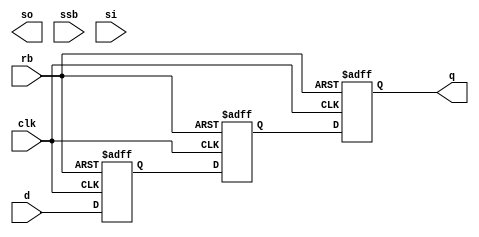
// This program was cloned from: https://github.com/chipsalliance/aib-phy-hardware
// License: Apache License 2.0

// SPDX-License-Identifier: Apache-2.0
// Copyright (C) 2019 Intel Corporation. 
module aibndpnr_sync 
#(
//-----------------------------------------------------------------------------------------------------------------------
//  Local calculated parameters
//-----------------------------------------------------------------------------------------------------------------------
parameter FF_DELAY     = 200
)

( q, so, clk, d, rb, ssb, si );

output reg  q, so;

input  clk, d, rb, ssb, si;

`ifdef DLL_SYNOPSYS

d04hgy23nd0c0 xsync0 ( .d(d), .clk(clk), .o(q0),
     .rb(rb), .si(si), .so(so0), .ssb(ssb));
d04hgy23nd0c0 xsync1 ( .d(q0), .clk(clk), .o(q),
     .rb(rb), .si(so0), .so(so), .ssb(ssb));

`else

reg           t_reg0;
reg           t_reg1;

always @(posedge clk or negedge rb)
    if (~rb) begin
        t_reg0 <= #FF_DELAY 1'b0;
        t_reg1 <= #FF_DELAY 1'b0;
        q <= #FF_DELAY 1'b0;
    end
    else begin
        t_reg0 <= #FF_DELAY d;
        t_reg1 <= #FF_DELAY t_reg0;
        q <= #FF_DELAY t_reg1;
    end

`endif

endmodule